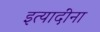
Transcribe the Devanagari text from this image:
इत्‍यादींना